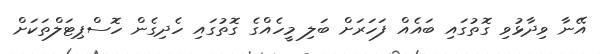
އޭނާ ވިދާޅުވި ގޮތުގައި ބައެއް ފަހަރަށް ބަލި މީހެއްގެ ގޮތުގައި ހެދިގެން ހޮސްޕިޓަލްތަކަށް